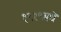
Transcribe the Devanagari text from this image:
१९१९मधे